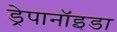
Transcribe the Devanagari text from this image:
ड्रेपानॉइडा